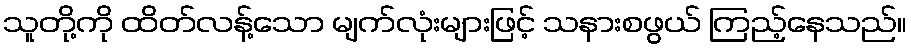
သူတို့ကို ထိတ်လန့်သော မျက်လုံးများဖြင့် သနားစဖွယ် ကြည့်နေသည်။